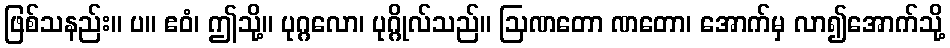
ဖြစ်သနည်း။ ပ။ ဧဝံ၊ ဤသို့။ ပုဂ္ဂလော၊ ပုဂ္ဂိုလ်သည်။ ဩဏတော ဏတော၊ အောက်မှ လာ၍အောက်သို့